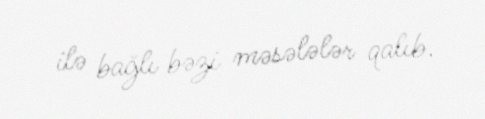
ilə bağlı bəzi məsələlər qalıb.